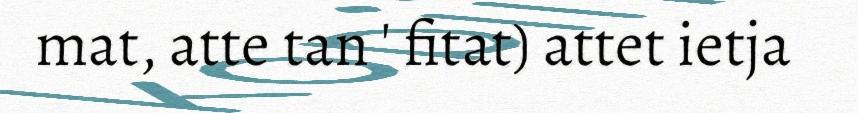
mat, atte tan ' fitat) attet ietja